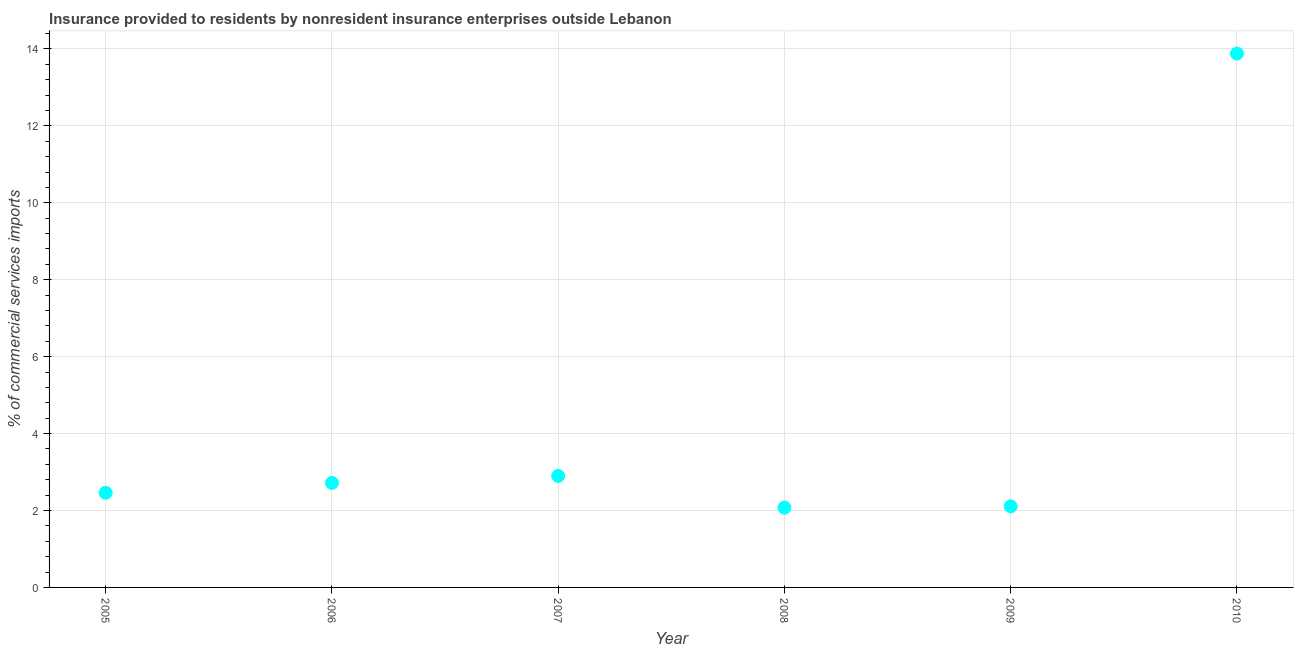
| Year | Insurance provided by non-residents |
 | --- | --- |
 | 2005 | 2.46 |
 | 2006 | 2.72 |
 | 2007 | 2.9 |
 | 2008 | 2.07 |
 | 2009 | 2.11 |
 | 2010 | 13.9 |